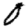
Digit: 0